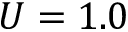
U = 1 . 0